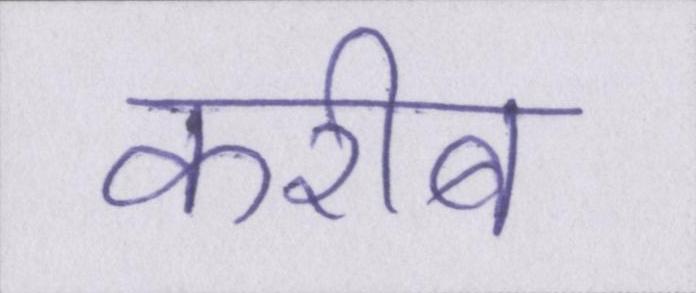
करीब